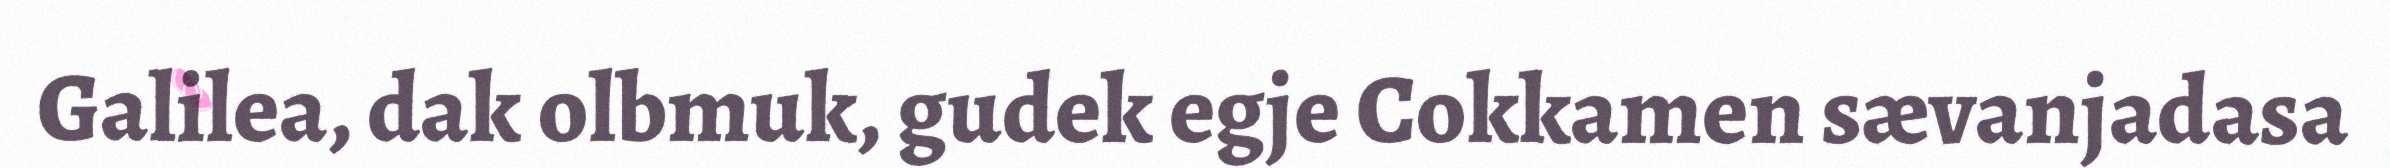
Galilea, dak olbmuk, gudek egje Cokkamen sævanjadasa